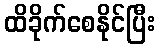
ထိခိုက်စေနိုင်ပြီး